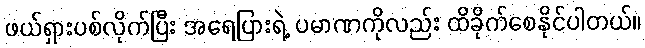
ဖယ်ရှားပစ်လိုက်ပြီး အရေပြားရဲ့ ပမာဏကိုလည်း ထိခိုက်စေနိုင်ပါတယ်။